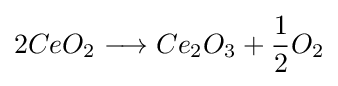
2CeO_{2}\longrightarrow Ce_{2}O_{3}+{\frac {1}{2}}O_{2}